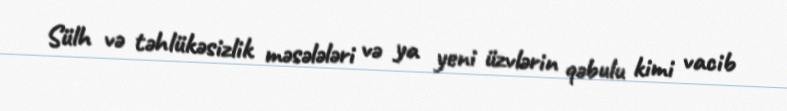
Sülh və təhlükəsizlik məsələləri və ya yeni üzvlərin qəbulu kimi vacib